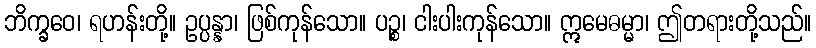
ဘိက္ခဝေ၊ ရဟန်းတို့။ ဥပ္ပန္နာ၊ ဖြစ်ကုန်သော။ ပဉ္စ၊ ငါးပါးကုန်သော။ ဣမေဓမ္မာ၊ ဤတရားတို့သည်။